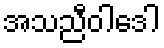
အသညီဝါဒေါ